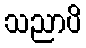
သညာပိ